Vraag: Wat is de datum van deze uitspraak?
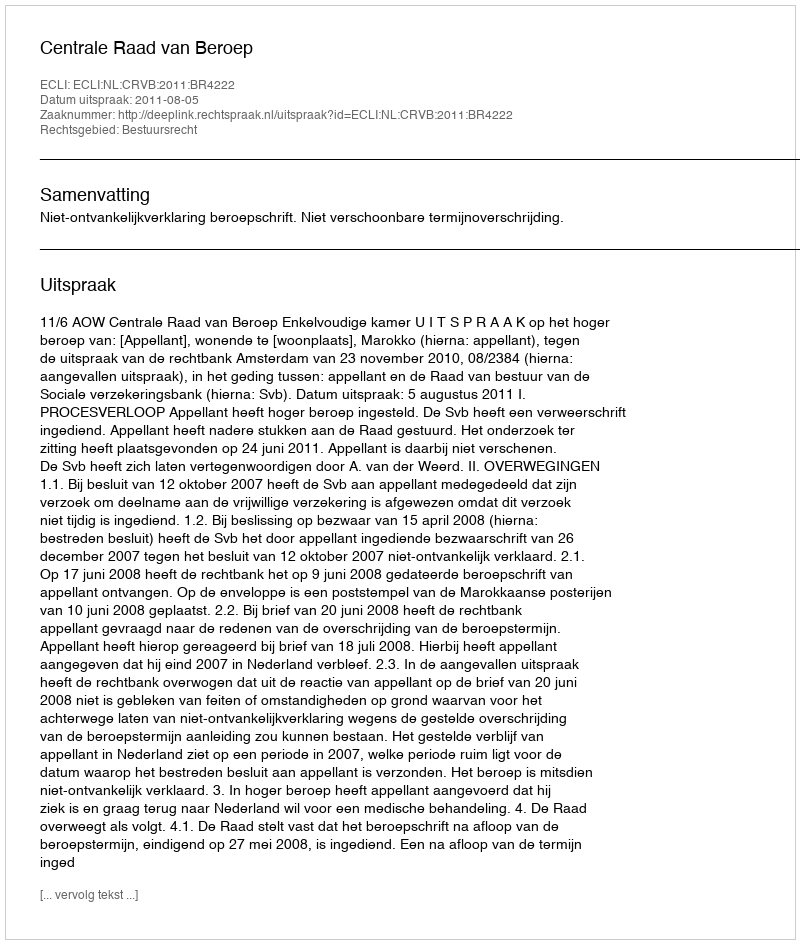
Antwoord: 2011-08-05